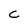
Character: c